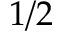
1 / 2